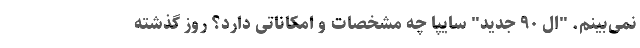
نمی‌بینم. "ال ۹۰ جدید" سایپا چه مشخصات و امکاناتی دارد؟ روز گذشته